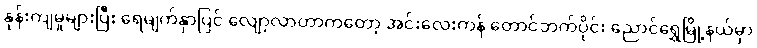
နုန်းကျမှုများပြီး ရေမျက်နှာပြင် လျော့လာတာကတော့ အင်းလေးကန် တောင်ဘက်ပိုင်း ညောင်ရွှေမြို့နယ်မှာ